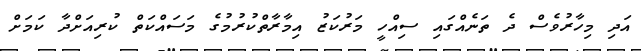
އަދި މިހާރުވެސް ދެ ތަނެއްގައި ސިއްހީ މަރުކަޒު އިމާރާތްކުރުމުގެ މަސައްކަތް ކުރިއަށްދާ ކަމަށް